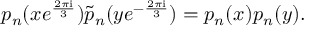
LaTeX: p _ { n } ( x e ^ { \frac { 2 \pi \mathrm { i } } { 3 } } ) \tilde { p } _ { n } ( y e ^ { - \frac { 2 \pi \mathrm { i } } { 3 } } ) = p _ { n } ( x ) p _ { n } ( y ) .